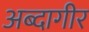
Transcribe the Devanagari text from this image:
अब्दागीर